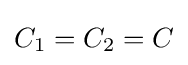
C_{\rm {1}}=C_{\rm {2}}=C